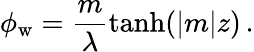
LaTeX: \phi_{\mathrm{w}}=\frac{m}{\lambda}\operatorname{tanh}(|m|z)\, .